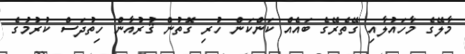
މާލޭގެ މާހައުލާއި ގޭތެރޭގެ ބައެއް ކަންކަން ހުރި ގޮތުން ޤުރުއާން ހިތުދަސް ކުރުމުގެ